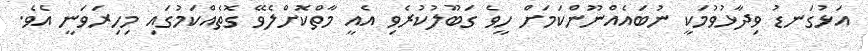
އަޅުގަނޑު ވިދާޅުވުމަކީ ނުބައެއްނޫންކަމަށް ހީވެ ގަބޫލުކުރެވި އެއީ މާތްކޮށްލެވޭ ގޮތެއްކަމުގައި މިހިރަވަނީ އެވެ.